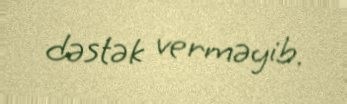
dəstək verməyib.